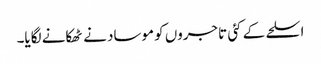
اسلحے کے کئی تاجروں کو موساد نے ٹھکانے لگایا۔